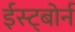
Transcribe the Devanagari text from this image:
ईस्ट्बोर्न